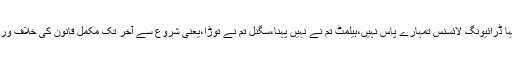
ٹریفک پولیس نے اس سے کہا ڈرائیونگ لائسنس تمہارے پاس نہیں،ہیلمٹ تم نے نہیں پہنا،سگنل تم نے توڑا،یعنی شروع سے آخر تک مکمل قانون کی خلاف ورزی تم کررہے ہو آخر کیوں؟